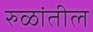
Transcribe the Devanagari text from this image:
रुळांतील